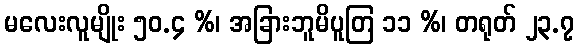
မလေးလူမျိုး ၅၀.၄ %၊ အခြားဘူမိပူတြ ၁၁ %၊ တရုတ် ၂၃.၇